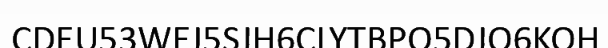
CDEU53WEJ5SJH6CLYTBPO5DJO6KOH